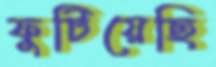
ফুটিয়েছি